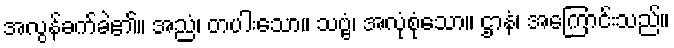
အလွန်ခက်ခဲ၏။ အညံ၊ တပါးသော။ သဗ္ဗံ၊ အလုံစုံသော။ ဌာနံ၊ အကြောင်းသည်။